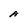
Character: A